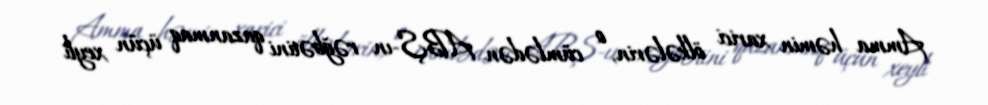
Amma həmin xarici ölkələrin, o cümlədən ABŞ-ın rəğbətini qazanmaq üçün xeyli